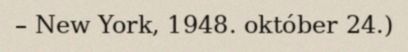
– New York, 1948. október 24.)